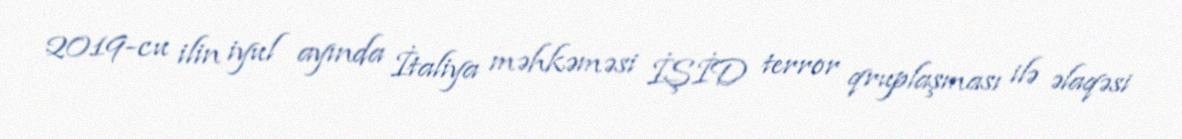
2019-cu ilin iyul ayında İtaliya məhkəməsi İŞİD terror qruplaşması ilə əlaqəsi